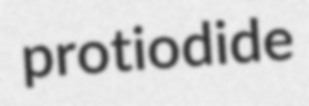
protiodide